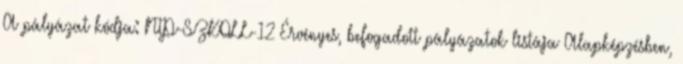
A pályázat kódja: NTP-SZKOLL-12 Érvényes, befogadott pályázatok listája Alapképzésben,